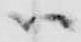
ハ